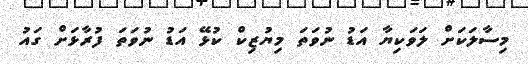
މިސާލަކަށް ލަވަކިޔާ އަޑު ނުވަތަ މިޔުޒިކް ކުޅޭ އަޑު ނުވަތަ ފުރާޅަށް ގައު